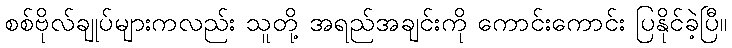
စစ်ဗိုလ်ချုပ်များကလည်း သူတို့ အရည်အချင်းကို ကောင်းကောင်း ပြနိုင်ခဲ့ပြီ။